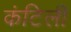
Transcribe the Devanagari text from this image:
कंटिली